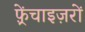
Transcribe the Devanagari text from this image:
फ़्रेंचाइज़रों